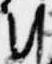
朝